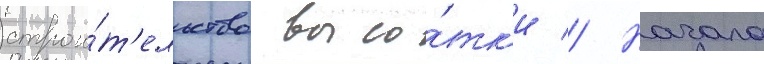
строи́т'ельство высо́тк'и // Начало